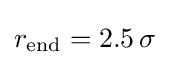
r_{\mathrm {end} }=2.5\,\sigma